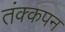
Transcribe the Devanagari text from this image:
तंक्कपन